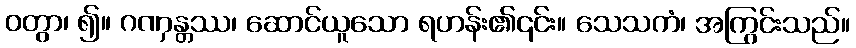
ဝတွာ၊ ၍။ ဂဏှန္တဿ၊ ဆောင်ယူသော ရဟန်း၏၎င်း။ သေသကံ၊ အကြွင်းသည်။